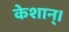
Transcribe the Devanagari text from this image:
केशान्।